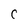
Character: C